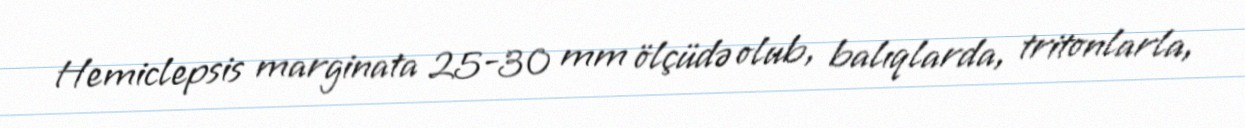
Hemiclepsis marginata 25-30 mm ölçüdə olub, balıqlarda, tritonlarla,